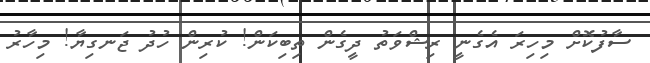
ސާފުކޮށް މިހިރަ އެގެނީ ރިޝްވަތު ދީގެން ތިބިކަން! ކުރިން ހުދު ޖަނގިޔާ! މިހާރު